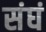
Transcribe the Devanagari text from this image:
संघं